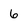
Character: 6